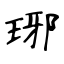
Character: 琊